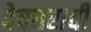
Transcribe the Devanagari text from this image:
देवघराची